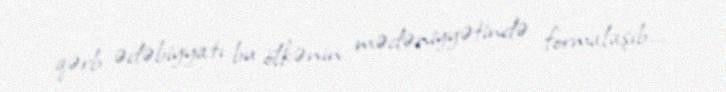
qərb ədəbiyyatı bu ölkənin mədəniyyətində formalaşıb...